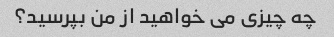
چه چیزی می خواهید از من بپرسید؟